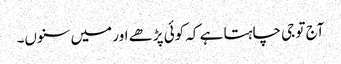
آج تو جی چاہتا ہے کہ کوئی پڑھے اور میں سنوں۔